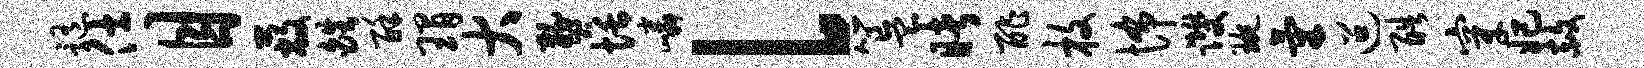
髓仕目蔽皓酥瑁大燹恬嶙l簋睹酢枚怖躞琬气迢酷穿妃赦